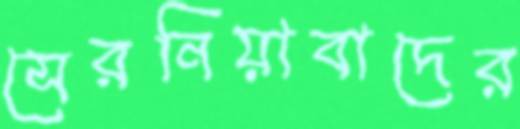
সেরনিয়াবাদের